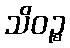
သိဝဉ္စ